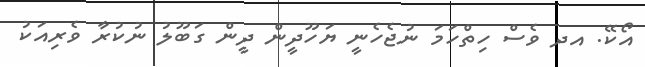
އޯކޭ. އދ ވެސް ހިތްހަމަ ނުޖެހެނީ ޔަހޫދީން ދީން ގަބޫލު ނުކުރާ ވެރިއަކު